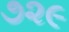
૭૨૯